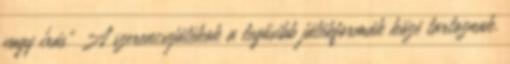
vagy írás" A szerencsejátékok a legősibb játékformák közé tartoznak.